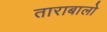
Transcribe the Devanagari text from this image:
ताराबालो